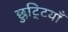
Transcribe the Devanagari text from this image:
छुटि्टयाँ